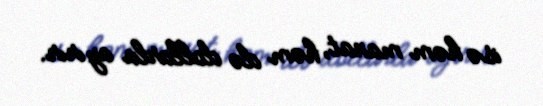
isə həm manat, həm də dollarla ayırır.